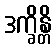
ဒက္ခိန္တိ